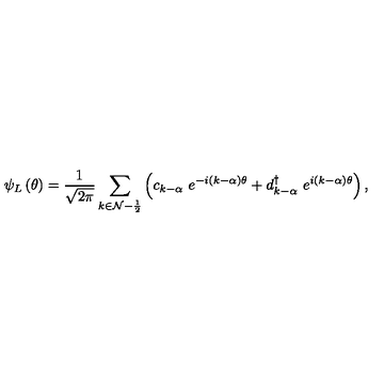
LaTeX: \psi _ { L } \left( \theta \right) = \frac 1 { \sqrt { 2 \pi } } \sum _ { k \in { \cal N - } \frac 1 2 } \left( c _ { k - \alpha } \ e ^ { - i ( k - \alpha ) \theta } + d _ { k - \alpha } ^ { \dagger } \ e ^ { i ( k - \alpha ) \theta } \right) ,